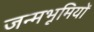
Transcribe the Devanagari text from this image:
जन्मभूमियों